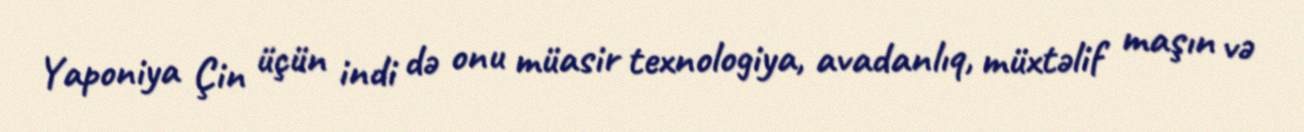
Yaponiya Çin üçün indi də onu müasir texnologiya, avadanlıq, müxtəlif maşın və